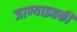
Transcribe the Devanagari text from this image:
जाण्याइतकी